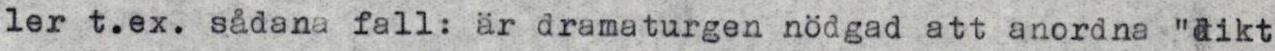
ler t.ex. sådana fall: är dramaturgen nödgad att anordna "dikt